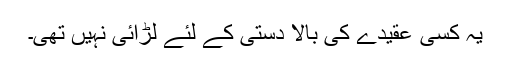
یہ کسی عقیدے کی بالا دستی کے لئے لڑائی نہیں تھی۔